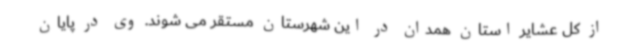
از کل عشایر استان همدان در این شهرستان مستقر می شوند. وی در پایان